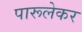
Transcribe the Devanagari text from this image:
पारूलेकर